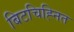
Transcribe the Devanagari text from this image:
बिटचिह्नित